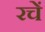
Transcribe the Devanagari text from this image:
रचें